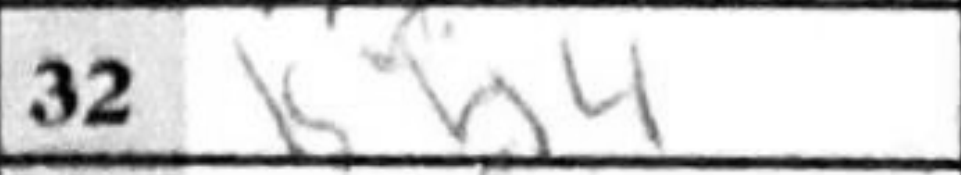
Transcription: Kh4